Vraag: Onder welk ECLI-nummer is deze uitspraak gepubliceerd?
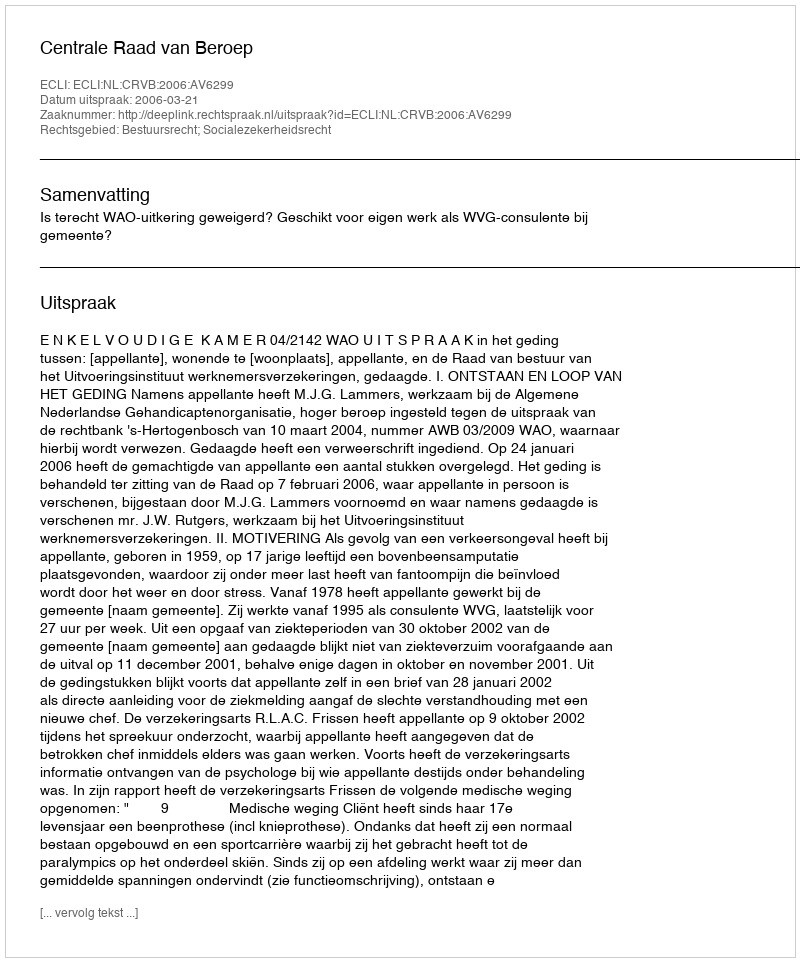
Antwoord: ECLI:NL:CRVB:2006:AV6299